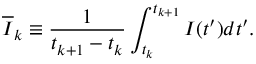
\overline { { I } } _ { k } \equiv \frac { 1 } { t _ { k + 1 } - t _ { k } } \int _ { t _ { k } } ^ { t _ { k + 1 } } I ( t ^ { \prime } ) d t ^ { \prime } .